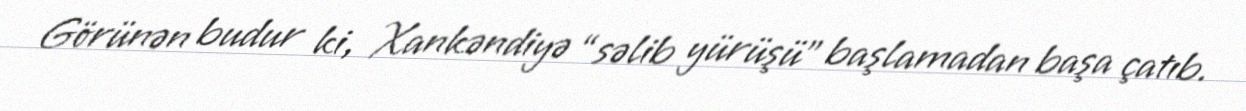
Görünən budur ki, Xankəndiyə “səlib yürüşü” başlamadan başa çatıb.